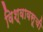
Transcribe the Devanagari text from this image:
विश्वावसूची